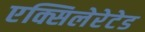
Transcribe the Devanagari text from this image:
एक्सिलेरेटेड